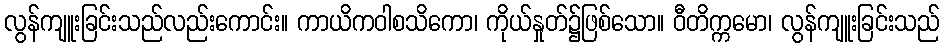
လွန်ကျူးခြင်းသည်လည်းကောင်း။ ကာယိကဝါစသိကော၊ ကိုယ်နှုတ်၌ဖြစ်သော။ ဝီတိက္ကမော၊ လွန်ကျူးခြင်းသည်